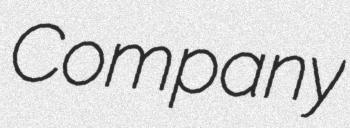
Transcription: Company